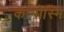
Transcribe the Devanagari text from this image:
कामोस्मि